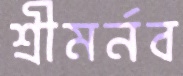
শ্রীমর্নব